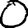
Digit: 0